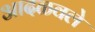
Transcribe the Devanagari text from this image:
आदळवले